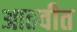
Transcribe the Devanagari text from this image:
आठवीत